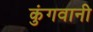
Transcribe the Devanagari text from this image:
कुंगवानी